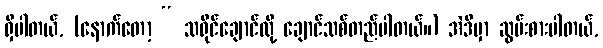
ရှိပါတယ်, (နောက်တော့ “ သရိုင်ချောင်လို့ ချောင်သစ်တည်ပါတယ်။) အဲဒီမှာ ဆွမ်းစားပါတယ်,